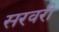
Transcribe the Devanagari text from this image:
सरवरी